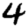
Digit: 4